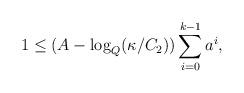
LaTeX: \begin{align*}1 \leq (A - \log_Q(\kappa/C_2))\sum_{i = 0}^{k - 1} a^i,\end{align*}